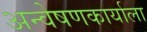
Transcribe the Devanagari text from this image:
अन्वेषणकार्याला